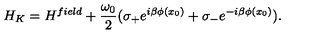
H _ { K } = H ^ { f i e l d } + \frac { \omega _ { 0 } } { 2 } ( \sigma _ { + } e ^ { i \beta \phi ( x _ { 0 } ) } + \sigma _ { - } e ^ { - i \beta \phi ( x _ { 0 } ) } ) .